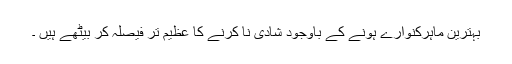
بہترین ماہرکنوارے ہونے کے باوجود شادی نا کرنے کا عظیم تر فیصلہ کر بیٹھے ہیں ۔